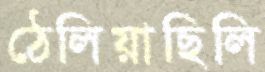
ঠেলিয়াছিলি